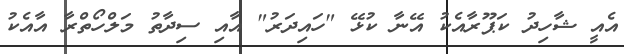
އެއީ ޝާހިދު ކަޕޫރާއެކު އޭނާ ކުޅޭ "ހައިދަރު" އާއި ސިދާތު މަލްހޯތްރާ އާއެކު